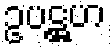
ဥပဋ္ဌဟ